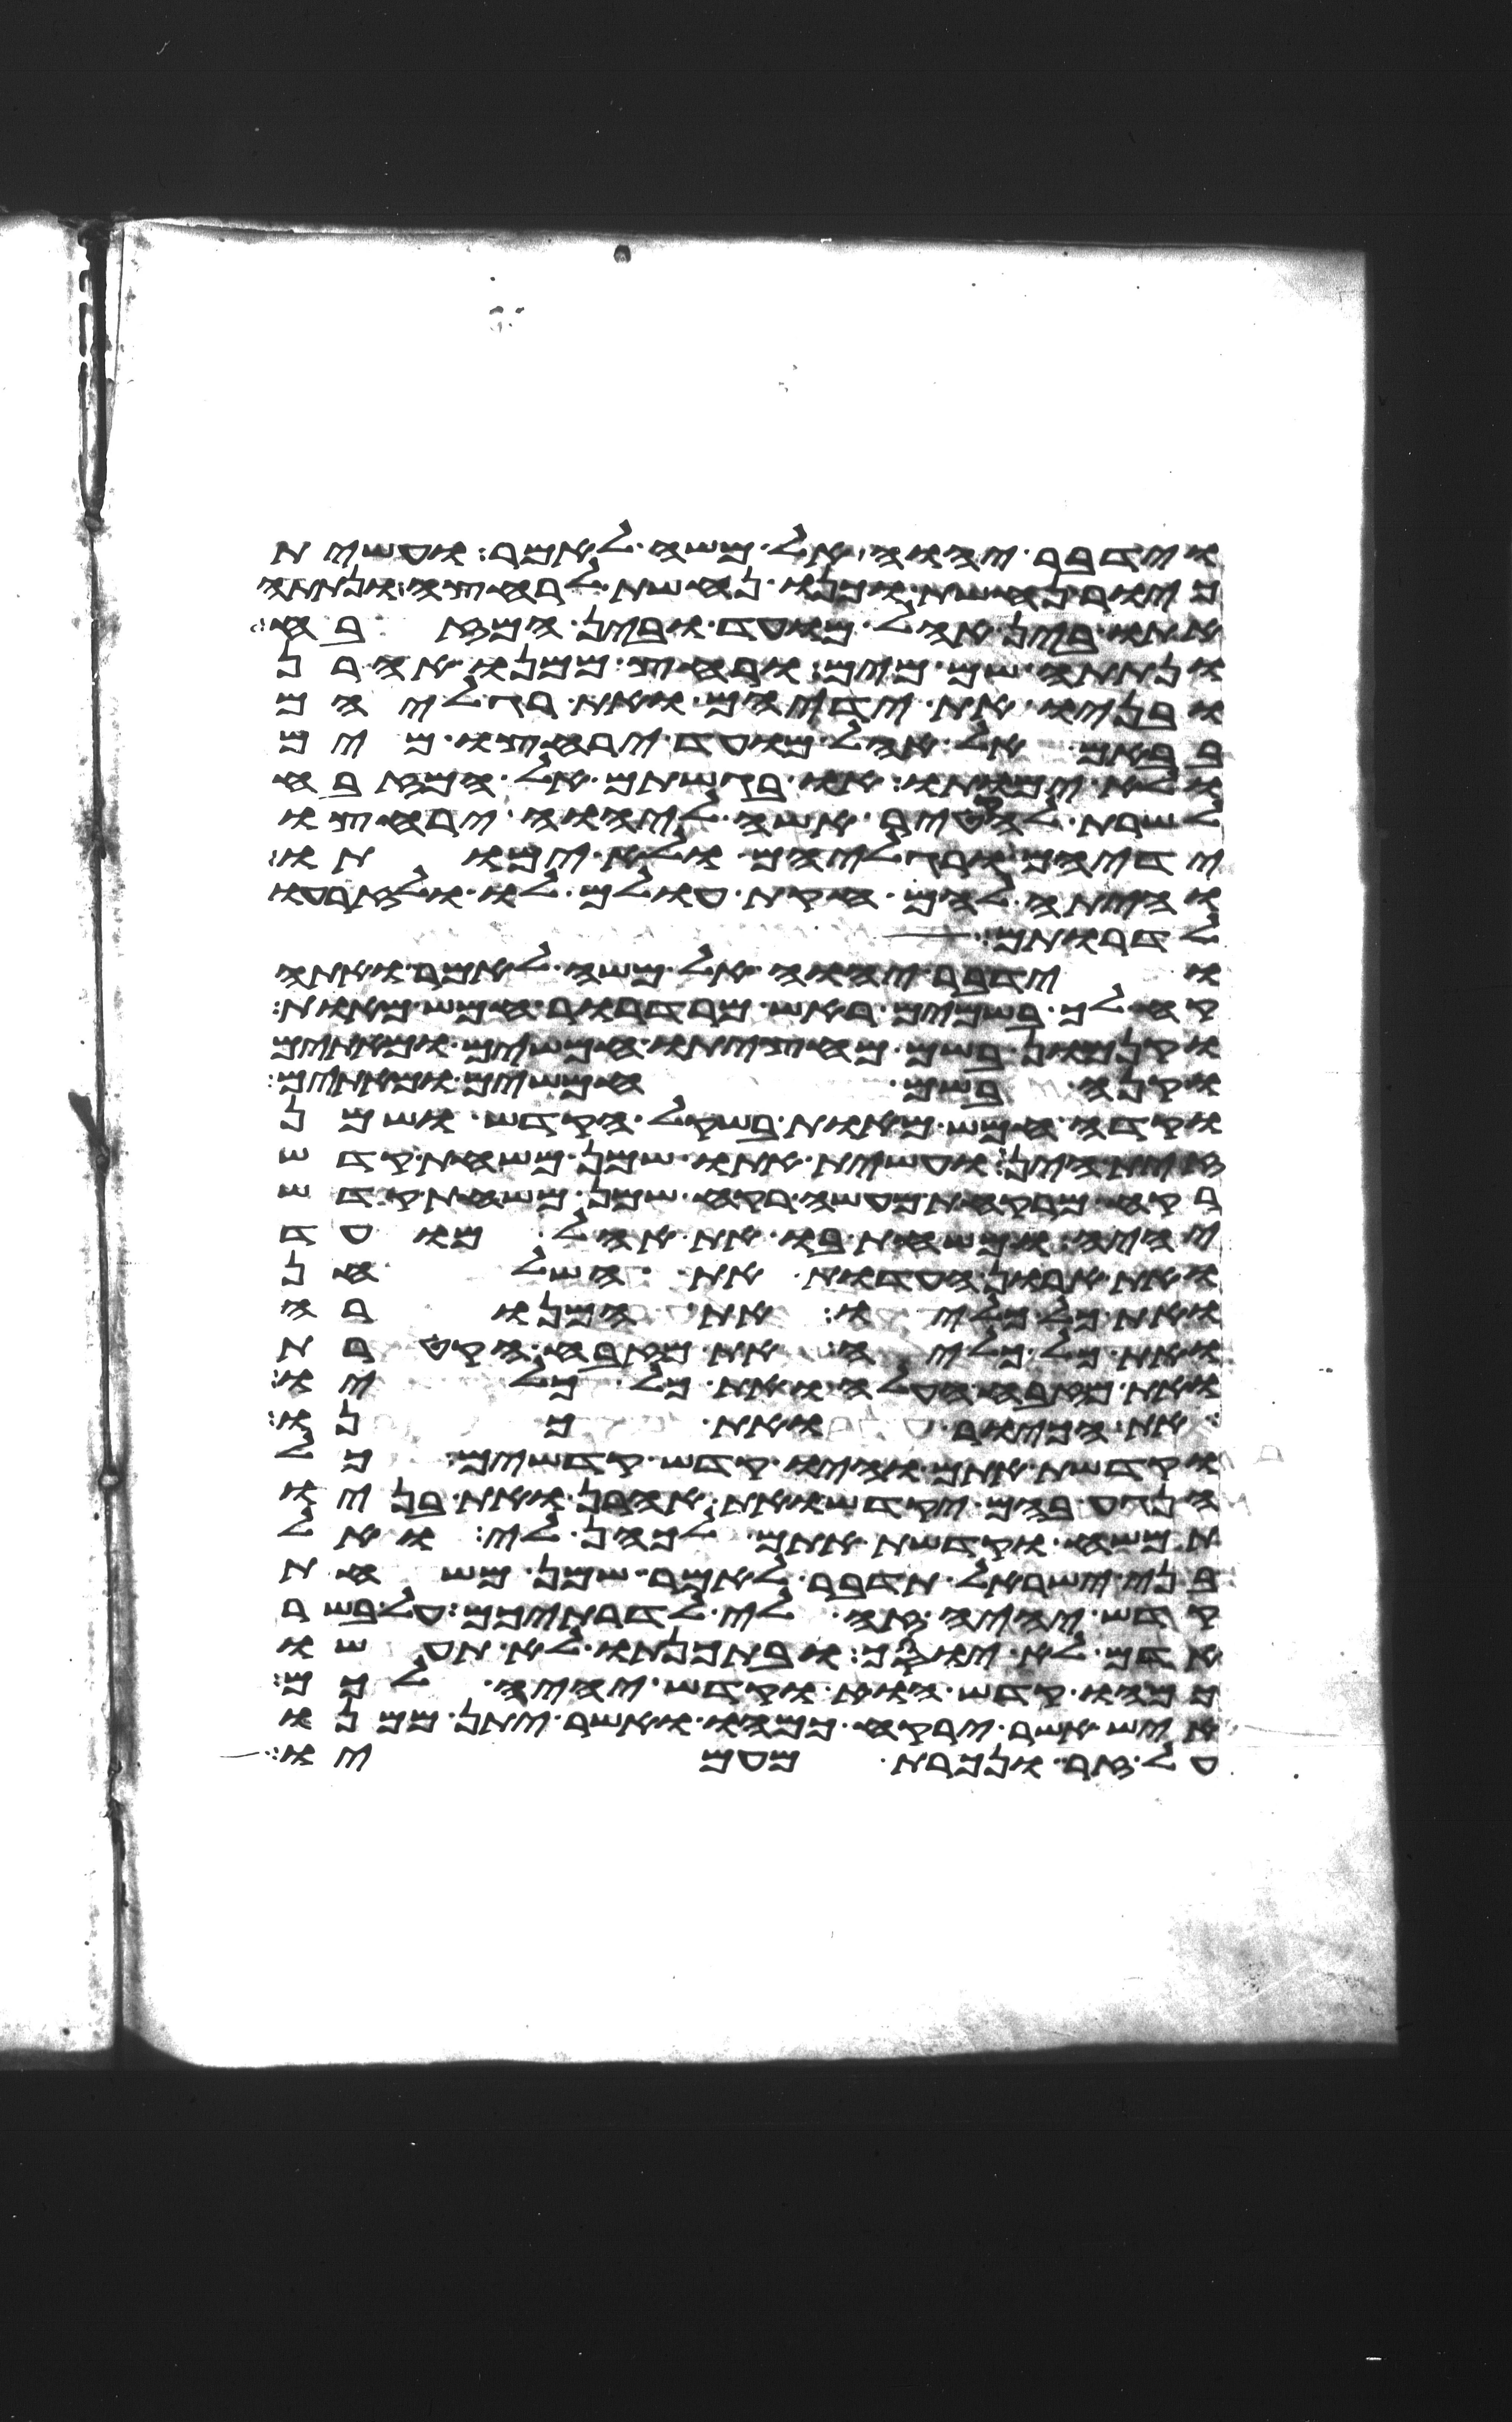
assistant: וידבר יהוה אל משה לאמר ועשית
כיור נחשת וכנו נחשת לרחצה ונתתה
אתו בין אהל מועד ובין המזבח
ונתתה שם מים ורחץ ממנו אהרן
ובניו את ידיהם ואת רגליהם
בבאם אל אהל מועד ירחצו מים
ולא ימותו או בגשתם אל המזבח
לשרת להקטיר אשה ליהוה ירחצו
ידיהם ורגליהם ולא ימותו
והיתה להם חקות עולם לו ולזרעו
לדרותם
וידבר יהוה אל משה לאמר ואתה
קח לך בשמים ראש מרדרור חמש מאות
וקנמון בשם מחציתו חמשים ומאתים
וקנה בשם חמשים ומאתים
וקדה חמש מאות בשקל הקדש ושמן
זית הין ועשית אתו שמן משחת קדש
רקח מרקחת מעשה רקח שמן משחת קדש
יהיה ומשחת בו את אהל מועד
ואת ארון העדות את השלחן
ואת כל כליו את המנורה
ואת כל כליה את מזבח הקטרת
ואת מזבח העלה ואת כל כליו
את הכיור ואת כנו
וקדשת אתם והיו קדש קדשים כל
הנגע בהם יקדש ואת אהרן ואת בניו
תמשח וקדשת אתם לכהן לי ואל
בני ישראל תדבר לאמר שמן משחת
קדש יהיה זה לי לדרתיכם על בשר
אדם לא יוסך ובתכנתו לא תעשו
כמהו קדש הוא וקדש יהיה לכם
איש אשר ירקח כמהו ואשר יתן ממנו
על זר ונכרת מעמיו